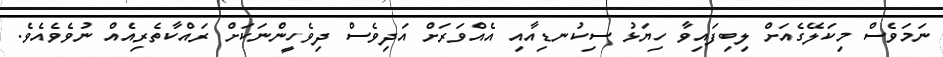
ނަމަވެސް މިކަލޭގެއަށް ލިބިފައިވާ ހިޔަޅު ސިކުނޑިއާއި އެއްވަރަށް އަދިވެސް ދިވެހީންނަކަށް ރައްކާތެރިއެއް ނުވެވެއެވެ.